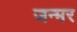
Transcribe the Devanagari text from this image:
जन्मर